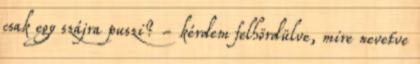
csak egy szájra puszi? - kérdem felhördülve, mire nevetve